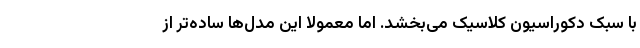
با سبک دکوراسیون کلاسیک می‌بخشد. اما معمولا این مدل‌ها ساده‌تر از